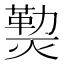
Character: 𰟝